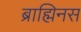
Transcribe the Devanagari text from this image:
ब्राह्मिनस